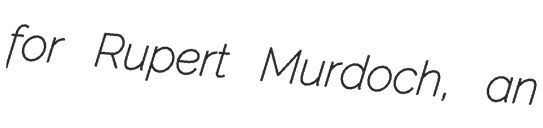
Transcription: for Rupert Murdoch, an